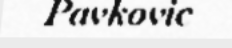
Pavkovic